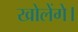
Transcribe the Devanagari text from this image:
खोलेंगे।